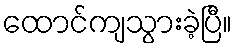
ထောင်ကျသွားခဲ့ပြီ။